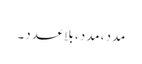
مدد، مدد، بلاعدد۔